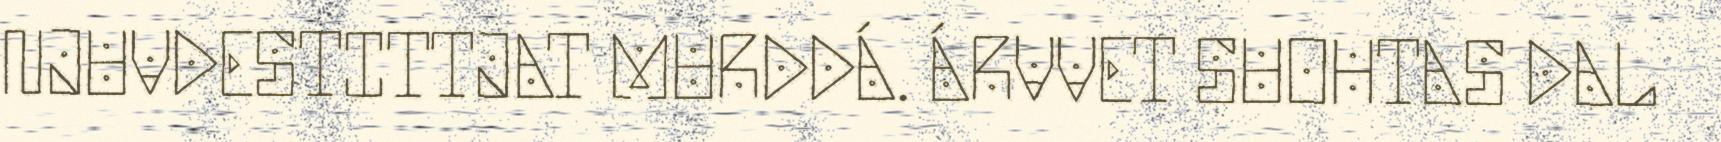
NJUVDESTITTJAT MURDDÁ. ÁRVVET SUOHTAS DAL